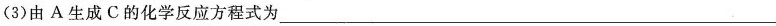
(3)由A生成C的化学反应方程式为___，